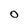
Character: o